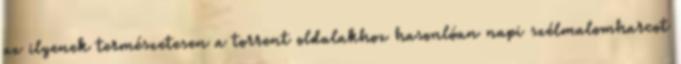
az ilyenek természetesen a torrent oldalakhoz hasonlóan napi szélmalomharcot